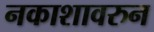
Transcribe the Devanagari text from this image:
नकाशावरुन